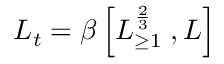
L _ { t } = \beta \left[ L _ { \geq 1 } ^ { \frac { 2 } { 3 } } \; , L \right]